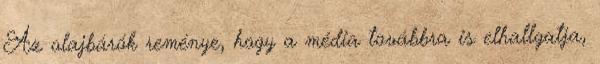
Az olajbárók reménye, hogy a média továbbra is elhallgatja,